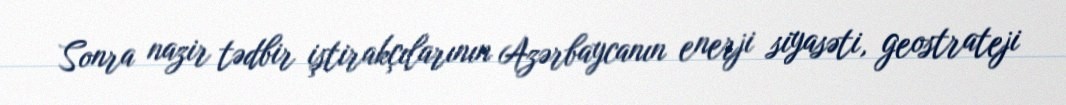
Sonra nazir tədbir iştirakçılarının Azərbaycanın enerji siyasəti, geostrateji